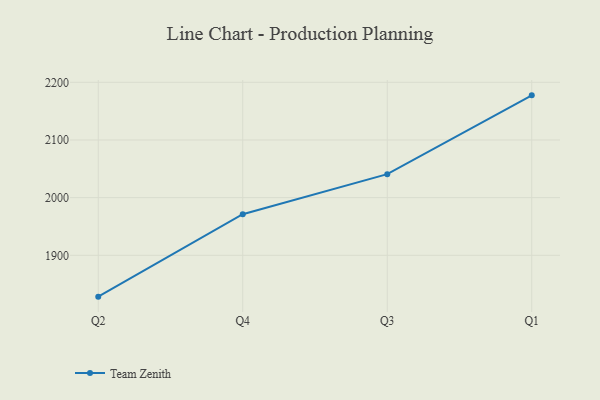
{"axis": {"x": "Quarter", "y": "Energy Usage (MWh)"}, "legend": ["Team Zenith"], "data": [{"x": "Q2", "y": 1828.3, "type": "Team Zenith"}, {"x": "Q4", "y": 1971.2, "type": "Team Zenith"}, {"x": "Q3", "y": 2040.7, "type": "Team Zenith"}, {"x": "Q1", "y": 2177.4, "type": "Team Zenith"}]}